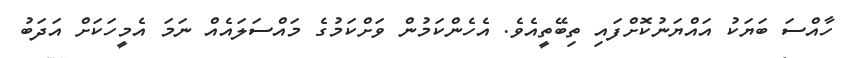
ހާއްސަ ބަޔަކު އައްޔަނުކޮށްފައި ތިބޭތީއެވެ. އެހެންކަމުން ވަށްކަމުގެ މައްސަލައެއް ނަމަ އެމީހަކަށް އަދަބު